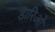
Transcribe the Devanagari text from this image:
डारिओ